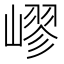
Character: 嵺